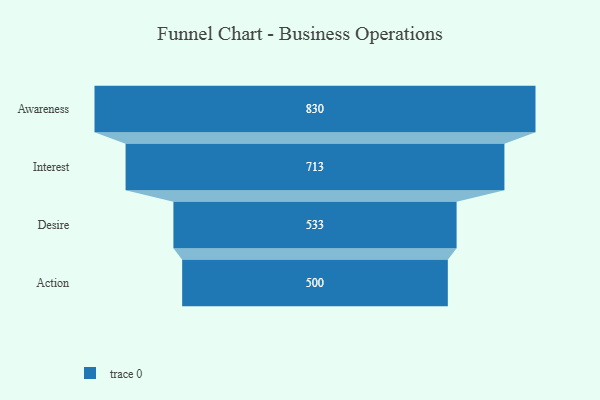
{"axis": {"x": "Stage", "y": "Value"}, "legend": [""], "data": [{"x": "Awareness", "y": 830.0, "type": ""}, {"x": "Interest", "y": 713.0, "type": ""}, {"x": "Desire", "y": 533.0, "type": ""}, {"x": "Action", "y": 500, "type": ""}]}